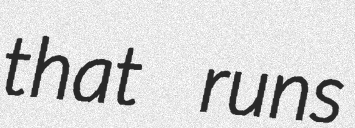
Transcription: that runs